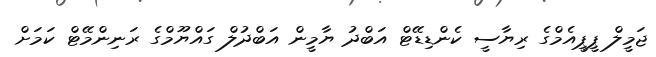
ޖަމީލް ޕީޕީއެމްގެ ރިޔާސީ ކެންޑިޑޭޓް އަބްދު ޔާމީން އަބްދުލް ގައްޔޫމްގެ ރަނިންމޭޓް ކަމަށް